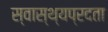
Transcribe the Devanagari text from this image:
स्वास्थ्यप्रदता